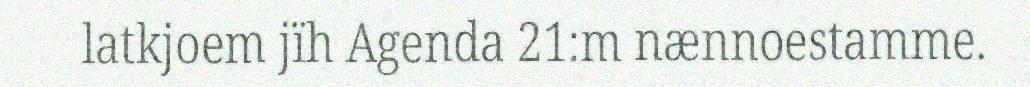
latkjoem jïh Agenda 21:m nænnoestamme.